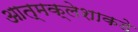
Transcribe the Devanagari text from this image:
आत्मक्लेशाकडे